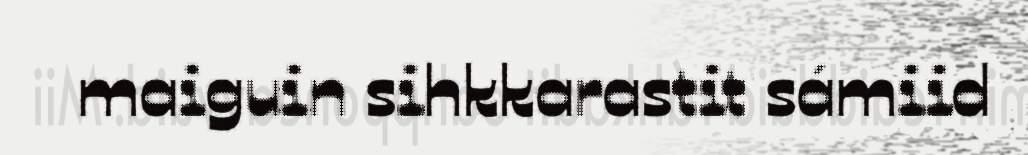
maiguin sihkkarastit sámiid